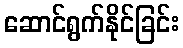
ဆောင်ရွက်နိုင်ခြင်း